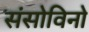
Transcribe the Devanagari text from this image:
संसोविनो